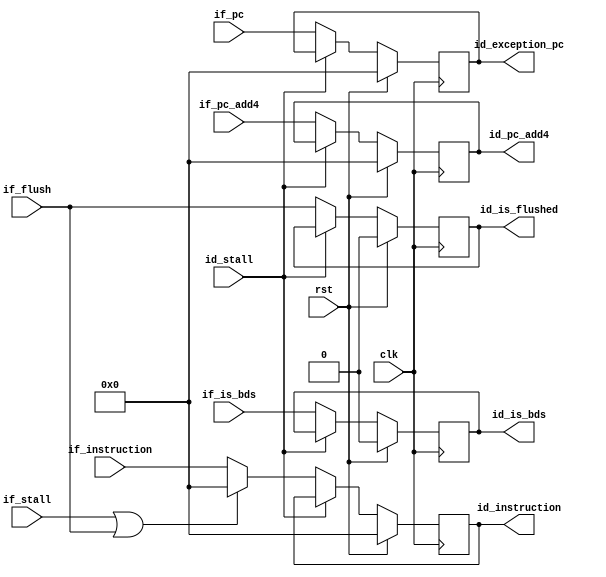
//==================================================================================================
//  Revision      : 1.0
//  Company       : Universidad Simn Bolvar
//
//  Description   : Pipeline register: IF -> ID
//==================================================================================================

module musb_ifid_register(
    input               clk,                // main clock
    input               rst,                // main reset
    input       [31:0]  if_instruction,     // Instruction from IF
    input       [31:0]  if_pc_add4,         // PC + 1 from IF
    input       [31:0]  if_pc,              // PC     from IF
    input               if_is_bds,          // This instruction is a BDS.
    input               if_flush,           // clean
    input               if_stall,           // Stall IF
    input               id_stall,           // Stall ID
    output  reg [31:0]  id_instruction,     // ID instruction
    output  reg [31:0]  id_pc_add4,         // PC + 1 to ID
    output  reg [31:0]  id_exception_pc,    // PC to ID
    output  reg         id_is_bds,          // Instruction is a BDS
    output  reg         id_is_flushed       // This instruction must be ignored
    );

    always @(posedge clk) begin
        id_instruction  <= (rst) ? 32'b0 : ((id_stall) ? id_instruction  : ((if_stall | if_flush) ? 32'b0 : if_instruction));
        id_pc_add4      <= (rst) ? 32'b0 : ((id_stall) ? id_pc_add4                                       : if_pc_add4);     // check this for if_stall
        id_exception_pc <= (rst) ? 32'b0 : ((id_stall) ? id_exception_pc                                  : if_pc);          // check this for if_stall
        id_is_bds       <= (rst) ? 1'b0  : ((id_stall) ? id_is_bds                                        : if_is_bds);
        id_is_flushed   <= (rst) ? 1'b0  : ((id_stall) ? id_is_flushed                                    : if_flush);
    end
endmodule